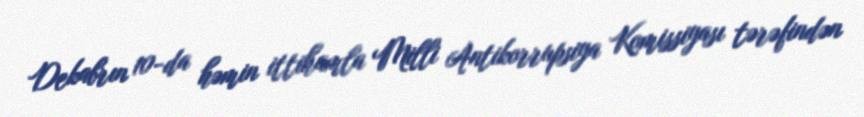
Dekabrın 10-da həmin ittihamla Milli Antikorrupsiya Komissiyası tərəfindən